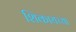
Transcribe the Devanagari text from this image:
शिकायच्या